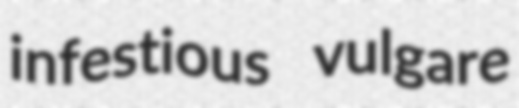
infestious vulgare